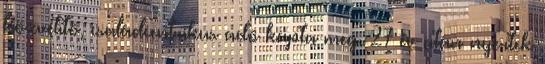
közvetítő, családcentrikus adó kapta meg. 27 év után nyertek